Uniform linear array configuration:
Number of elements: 64
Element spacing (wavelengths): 0.75
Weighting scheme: cosine
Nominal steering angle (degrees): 45
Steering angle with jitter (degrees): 46.028
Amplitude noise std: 0.05
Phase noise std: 0.05

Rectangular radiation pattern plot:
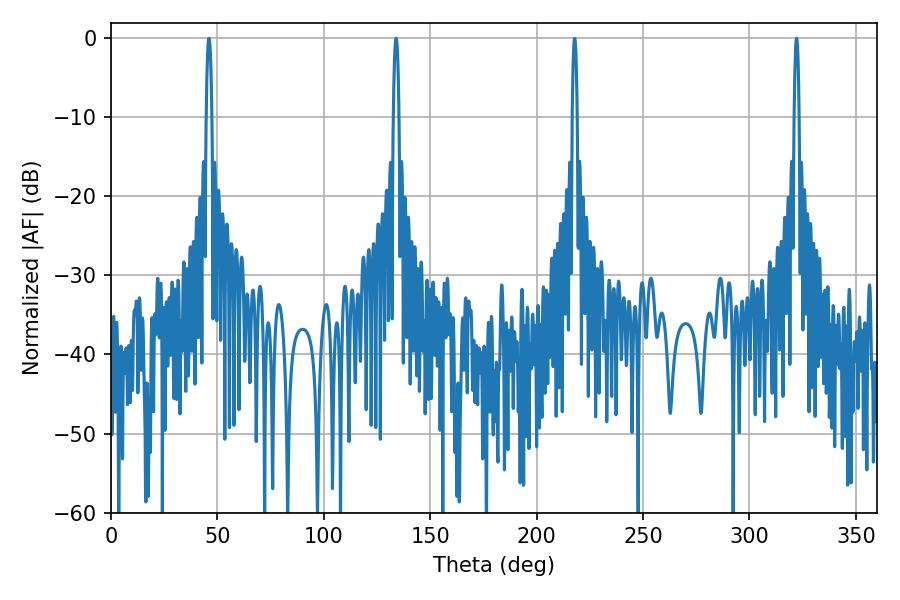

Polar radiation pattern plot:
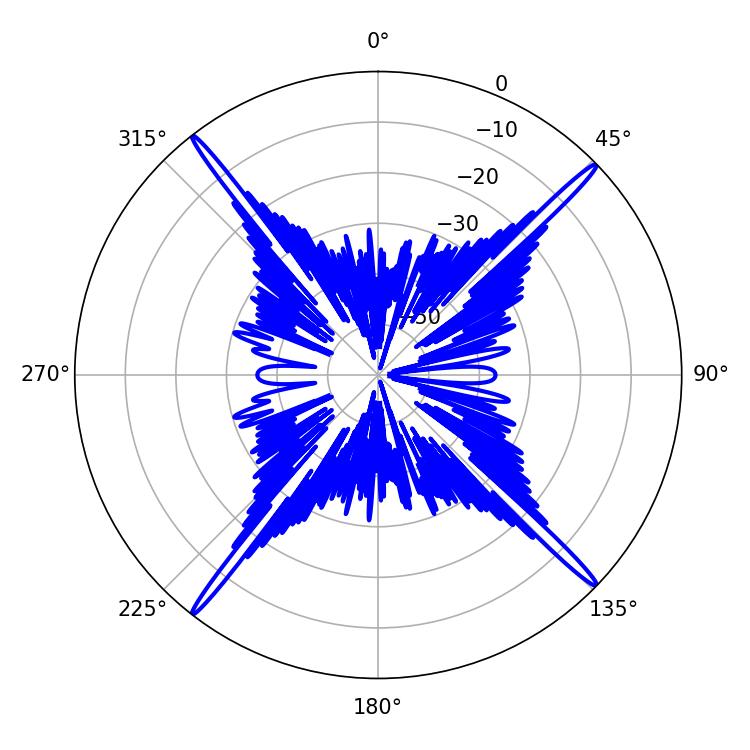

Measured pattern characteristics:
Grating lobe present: TRUE
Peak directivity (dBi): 22.646
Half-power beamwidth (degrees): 1.44
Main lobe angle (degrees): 133.92